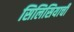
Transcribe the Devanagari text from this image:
सिलिसियाची